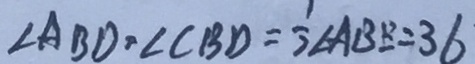
\angle A B D = \angle C B D = \frac { 1 } { 2 } \angle A B E = 3 6